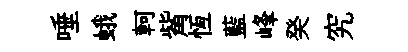
唾蛾軻觜恆藍峰癸究